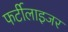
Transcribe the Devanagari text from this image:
फर्टीलाइजर